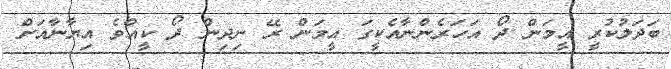
ބަދަލުކުރީ އީމަން ދޯ އަހަރެންނާއެކީގަ އީމަން ރޭ ނިދިން ދޯ ކީއްވެ އިޔާނާއަށް